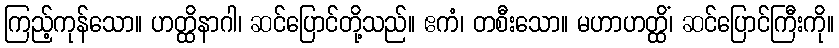
ကြည့်ကုန်သော။ ဟတ္ထိနာဂါ၊ ဆင်ပြောင်တို့သည်။ ဧကံ၊ တစီးသော။ မဟာဟတ္ထိံ၊ ဆင်ပြောင်ကြီးကို။